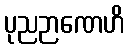
ပုညဉာဏေဟိ